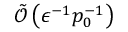
\tilde { \mathcal { O } } \left( \epsilon ^ { - 1 } p _ { 0 } ^ { - 1 } \right)